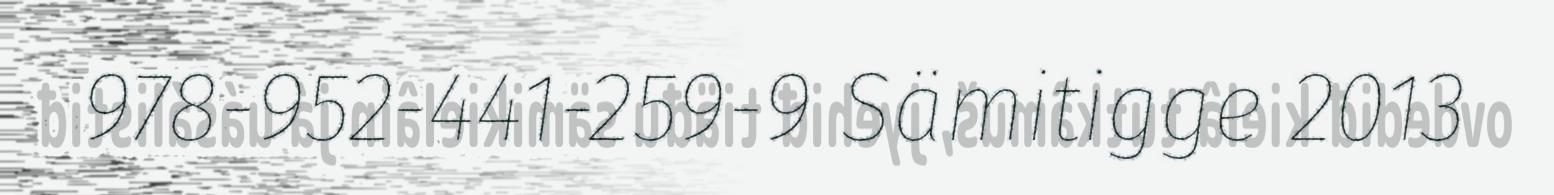
978-952-441-259-9 Sämitigge 2013